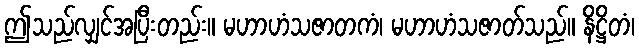
ဤသည်လျှင်အပြီးတည်း။ မဟာဟံသဇာတကံ၊ မဟာဟံသဇာတ်သည်။ နိဋ္ဌိတံ၊